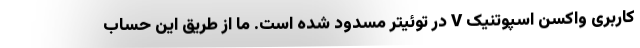
کاربری واکسن اسپوتنیک V در توئیتر مسدود شده است. ما از طریق این حساب